画像に写った文字を読んでください
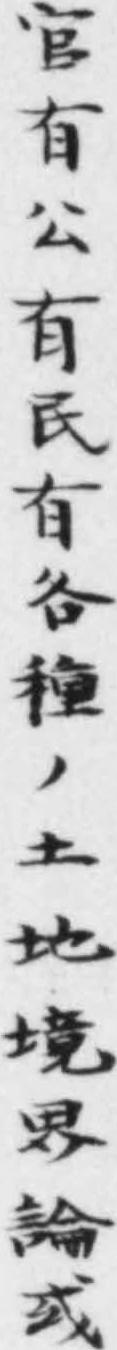
「官有公有民有各種ノ土地境界論或」と書いてあります